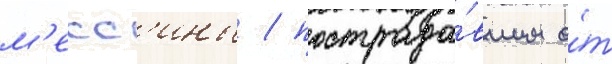
м'есс'ины / пострада́вшим о́т